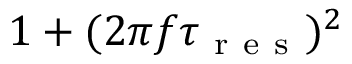
1 + ( 2 \pi f \tau _ { \mathrm { ~ r ~ e ~ s ~ } } ) ^ { 2 }